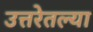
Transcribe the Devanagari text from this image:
उत्तरेतल्या